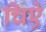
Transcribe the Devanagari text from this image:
चिऐ